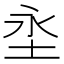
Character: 𭯼